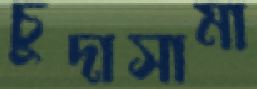
চুদাসামা